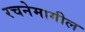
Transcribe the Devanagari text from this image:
रचनेमागील